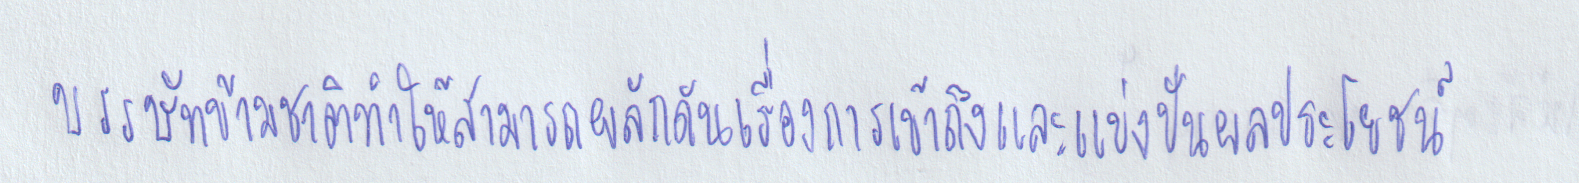
บรรษัทข้ามชาติทำให้สามารถผลักดันเรื่องการเข้าถึงและแบ่งปันผลประโยชน์